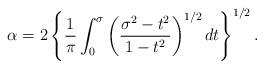
LaTeX: \begin{align*}\alpha=2\left\{ {\frac{1}{\pi}\int_{0}^{\sigma}{\left( {\frac{\sigma^{2}-t^{2}}{1-t^{2}}}\right) ^{1/2}dt}}\right\} ^{1/2}. \end{align*}